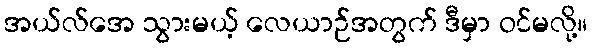
အယ်လ်အေ သွားမယ့် လေယာဉ်အတွက် ဒီမှာ ဝင်မလို့။